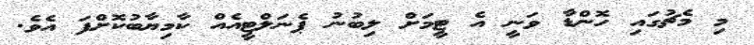
މި މެޗުގައި ހޮންޑާ ވަނީ އެ ޓީމަށް ލިބުނު ޕެނަލްޓީއެއް ކާމިޔާބުކޮށްފަ އެވެ.